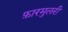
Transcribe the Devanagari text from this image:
फ़ारमुलरी